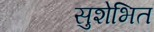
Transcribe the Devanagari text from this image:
सुशेभित